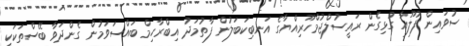
ސުވައިން ފުލޫއާ ގުޅިގެން ރައީސުލްޖުމްހޫރިއްޔާގެ އަނބިކަބަލުން ފާތުމަދު އިބްރާހިމް ބައްސަވަމުން ގެންދަވާ ބޭސްތަކަކީ